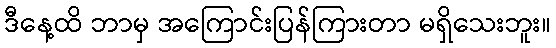
ဒီနေ့ထိ ဘာမှ အကြောင်းပြန်ကြားတာ မရှိသေးဘူး။